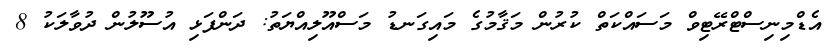
އެޑްމިނިސްޓްރޭޓިވް މަސައްކަތް ކުރުން މަޤާމުގެ މައިގަނޑު މަސްއޫލިއްޔަތު: ދަންފަޅި އުސޫލުން ދުވާލަކު 8